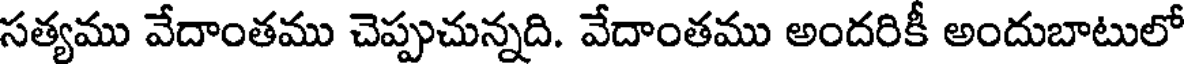
సత్యము వేదాంతము చెప్పుచున్నది. వేదాంతము అందరికీ అందుబాటులో